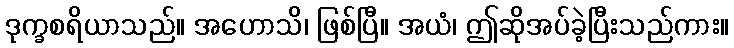
ဒုက္ခစရိယာသည်။ အဟောသိ၊ ဖြစ်ပြီ။ အယံ၊ ဤဆိုအပ်ခဲ့ပြီးသည်ကား။